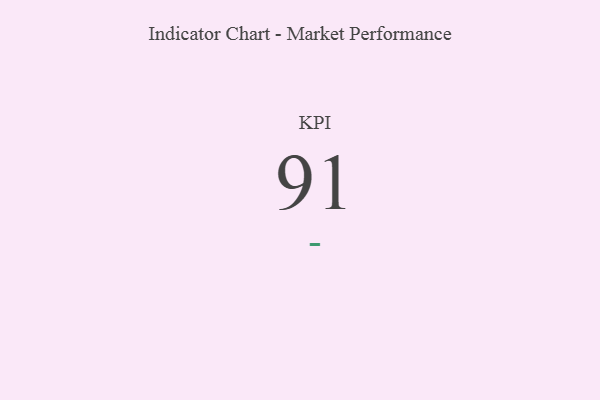
{"axis": {"x": "KPI", "y": "Value"}, "legend": [""], "data": [{"x": "KPI", "y": 91, "type": ""}]}